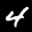
Label: 4